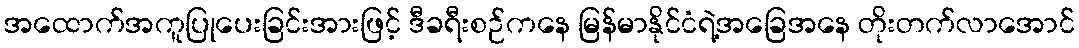
အထောက်အကူပြုပေးခြင်းအားဖြင့် ဒီခရီးစဉ်ကနေ မြန်မာနိုင်ငံရဲ့အခြေအနေ တိုးတက်လာအောင်